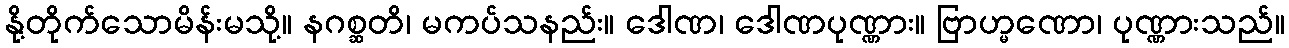
နို့တိုက်သောမိန်းမသို့။ နဂစ္ဆတိ၊ မကပ်သနည်း။ ဒေါဏ၊ ဒေါဏပုဏ္ဏား။ ဗြာဟ္မဏော၊ ပုဏ္ဏားသည်။